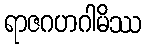
ရာဇဂဟဂါမိဿ